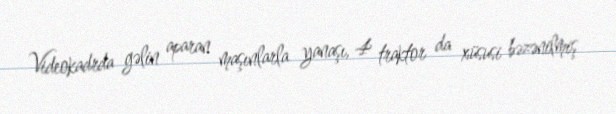
Videokadrda gəlin aparan maşınlarla yanaşı, 4 traktor da xüsusi bəzənilmiş